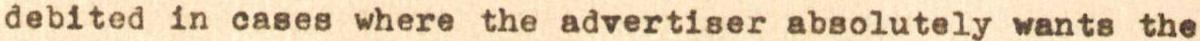
debited in cases where the advertiser absolutely wants the